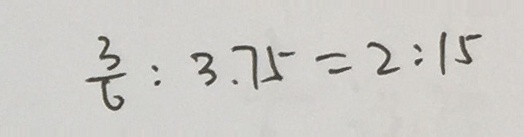
\frac { 3 } { 6 } : 3 . 7 5 = 2 : 1 5